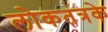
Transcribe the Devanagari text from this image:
लोकतंत्रके